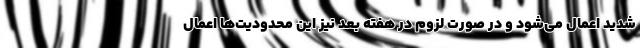
شدید اعمال می‌شود و در صورت لزوم در هفته بعد نیز این محدودیت‌ها اعمال